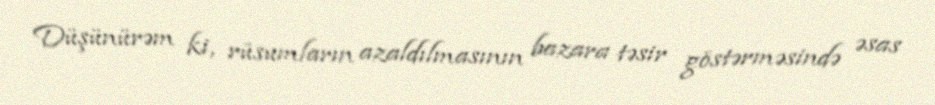
Düşünürəm ki, rüsumların azaldılmasının bazara təsir göstərməsində əsas